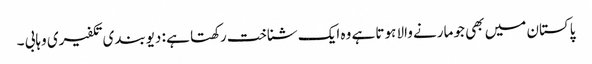
پاکستان میں بھی جو مارنے والا ہوتا ہے وہ ایک شناخت رکھتا ہے : دیوبندی تکفیری وہابی ۔